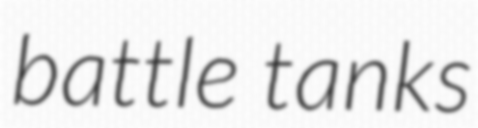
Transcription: battle tanks